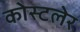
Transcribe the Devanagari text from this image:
कोस्टलेर